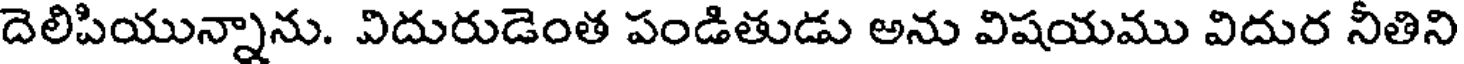
దెలిపియున్నాను. విదురుడెంత పండితుడు అను విషయము విదుర నీతిని